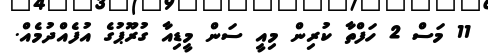
11 މަސް 2 ހަފްތާ ކުރިން މިއީ ސަން މީޑިއާ ގުރޫޕުގެ އުފެއްދުމެއް.